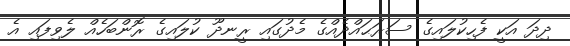
ދިދަ އަކީ ފެހިކުލައިގެ ސަރަޙައްދެއްގެ މެދުގައި ރީނދޫ ކުލައިގެ ރޮންބަހެއް ލެވިފައި އެ